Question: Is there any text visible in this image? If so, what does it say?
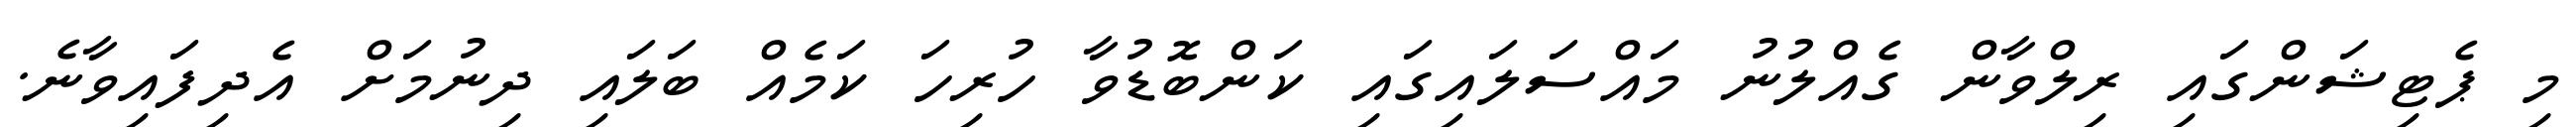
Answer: މި ޕެޓިޝަންގައި ރިލްވާން ގެއްލުނު މައްސަލައިގައި ކަންބޮޑުވާ ހުރިހަ ކަމެއް ބަލައި ދިނުމަށް އެދިފައިވާނެ.